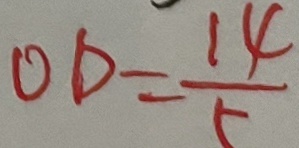
O D = \frac { 1 4 } { 5 }